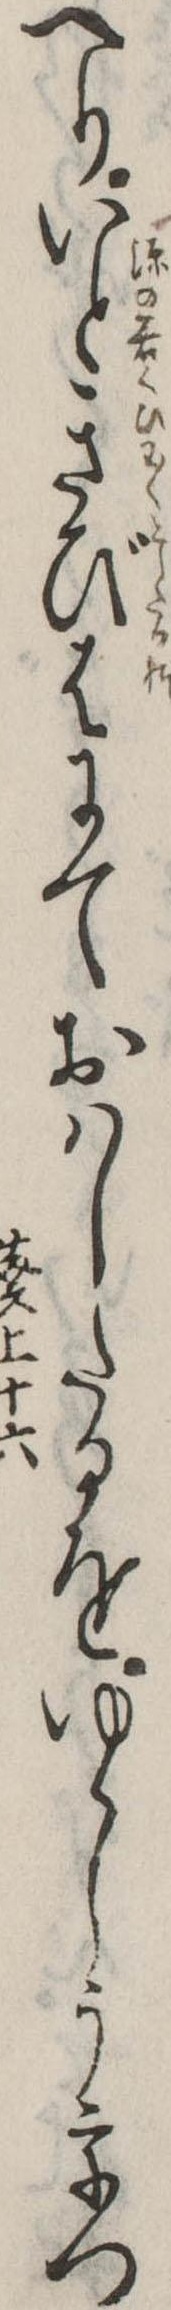
へりいときびはにておはしたるをゆゝしううつ